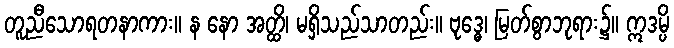
တူညီသောရတနာကား။ န နော အတ္ထိ၊ မရှိသည်သာတည်း။ ဗုဒ္ဓေ၊ မြတ်စွာဘုရား၌။ ဣဒမ္ပိ